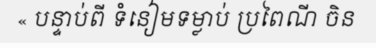
« បន្ទាប់ពី ទំនៀមទម្លាប់ ប្រពៃណី ចិន